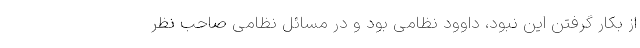
از بکار گرفتن این نبود، داوود نظامی بود و در مسائل نظامی صاحب نظر